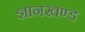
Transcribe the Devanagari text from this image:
ज्ञानखण्ड